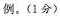
例。(1分)